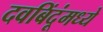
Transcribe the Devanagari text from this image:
दवबिंदूंमध्ये